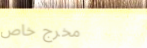
مخرج خاص